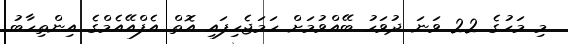
މި މަހުގެ 22 ވަނަ ދުވަހު ބޭއްވުމަށް ހަމަޖެހިފައި އޮތް އެފްއޭއެމްގެ އިންތިހާބު